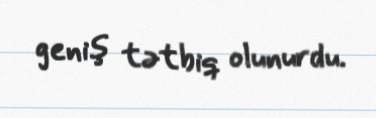
geniş tətbiq olunurdu.